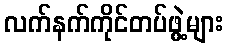
လက်နက်ကိုင်တပ်ဖွဲ့များ